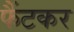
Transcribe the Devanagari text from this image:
फैंटकर